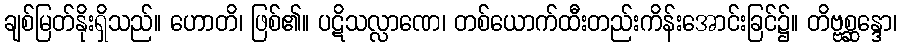
ချစ်မြတ်နိုးရှိသည်။ ဟောတိ၊ ဖြစ်၏။ ပဋိသလ္လာဏေ၊ တစ်ယောက်ထီးတည်းကိန်းအောင်းခြင်၌။ တိဗ္ဗစ္ဆန္ဒော၊